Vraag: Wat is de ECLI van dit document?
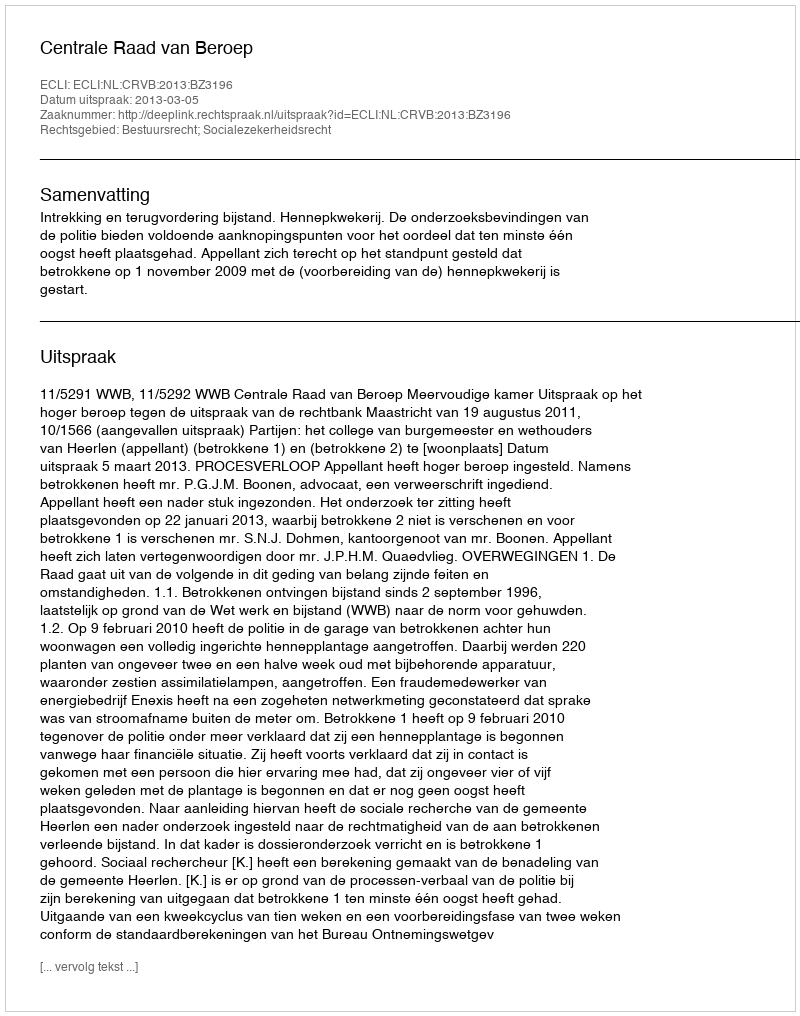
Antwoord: ECLI:NL:CRVB:2013:BZ3196